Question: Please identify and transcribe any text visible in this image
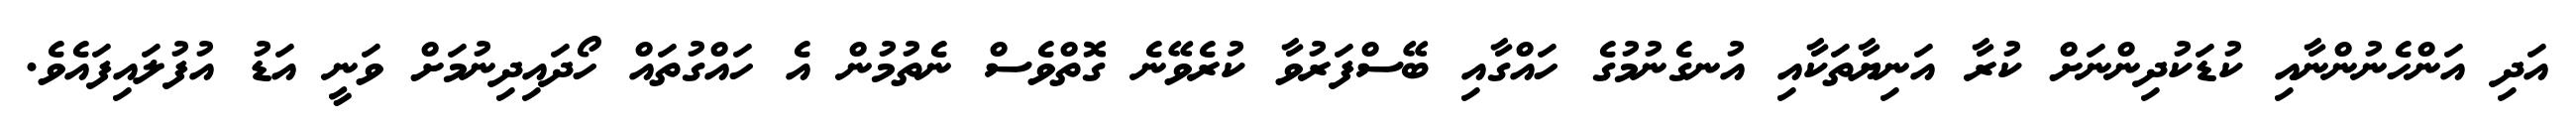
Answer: އަދި އަންހެނުންނާއި ކުޑަކުދިންނަށް ކުރާ އަނިޔާތަކާއި އުނގެނުމުގެ ހައްގާއި ބޭސްފަރުވާ ކުރެވޭނެ ގޮތްވެސް ނެތުމުން އެ ހައްގުތައް ހޯދައިދިނުމަށް ވަނީ އަޑު އުފުލައިފައެވެ.